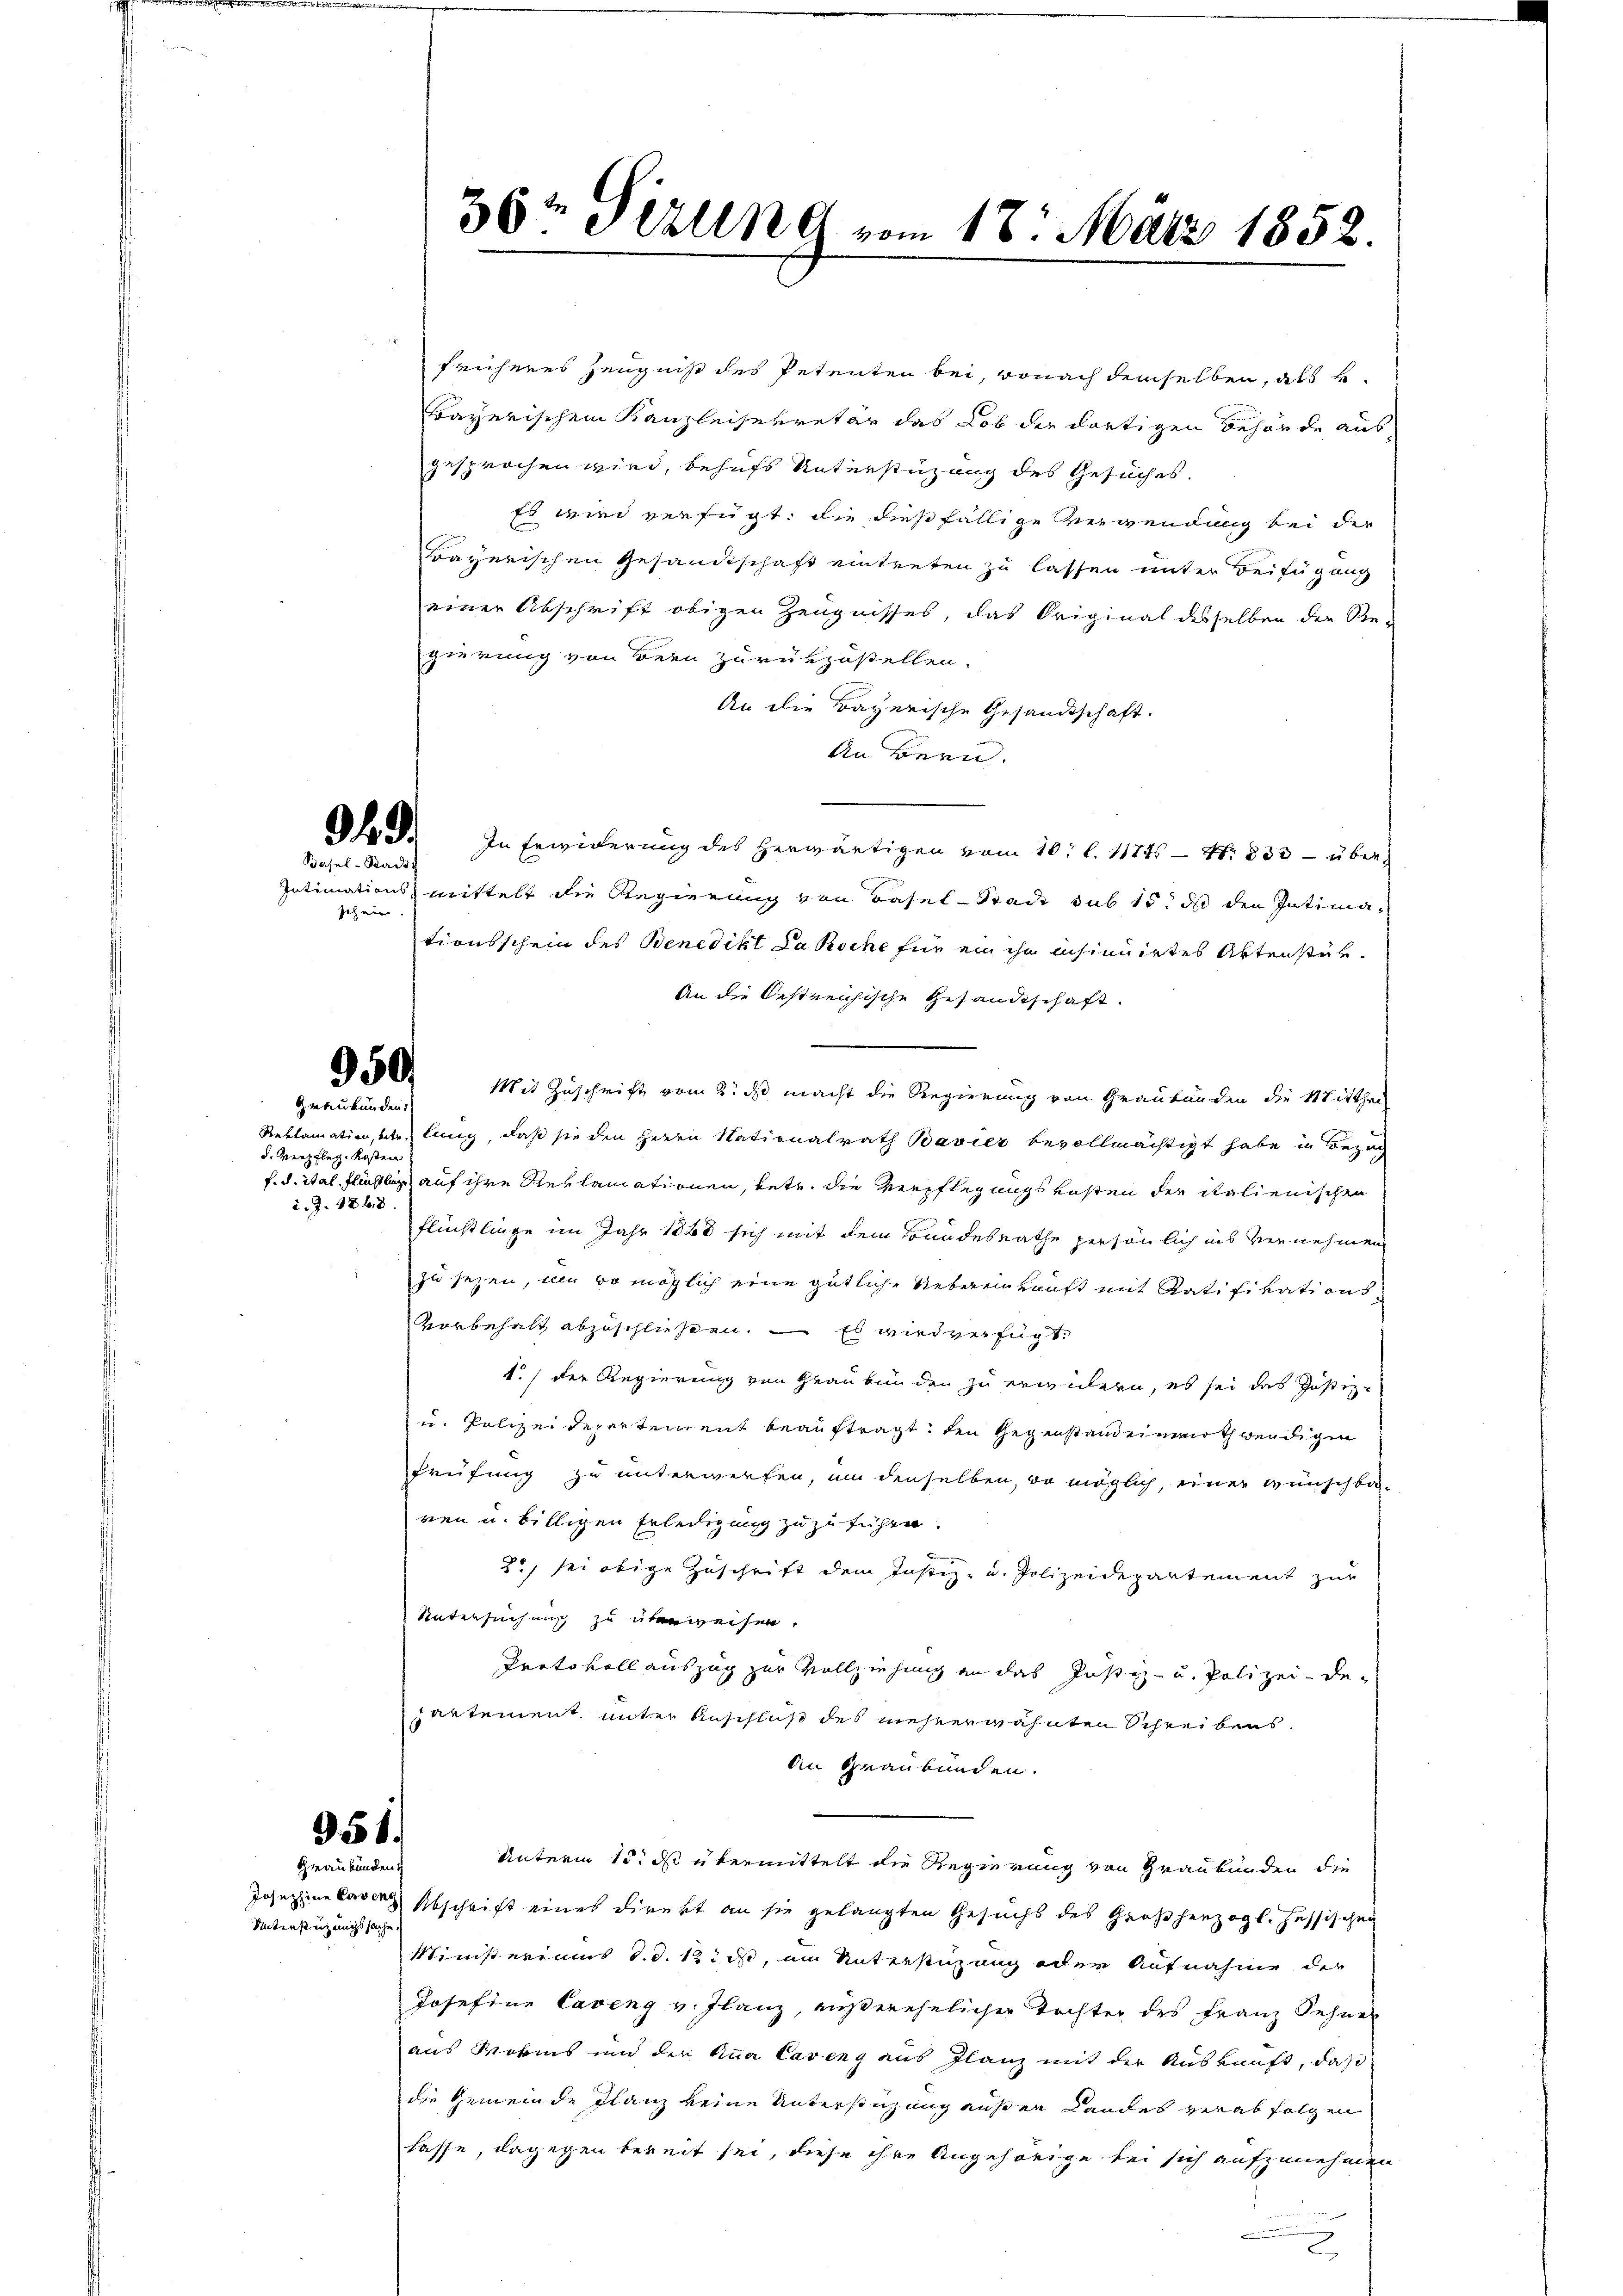
Basel-Stadt

sehener.

Graubünden

d. Verpfleg. Kosten
d. J. 1788.

951.
Graubünden

Unterstüzungssache.

36 Perung vom 18. März 1852.

früheres Zeugniß des Petenten bei, wonach demselben, als
bayerischen Kanzleisekretär das Lob der dortigen Behörde aus
gesprochen wird, behufs Unterstüzung des Gesuches.
Es wird verfügt, die dießfällige Verwendung bei die
Bayerischen Gesandtschaft eintreten zu lassen unter Beifügung
einer Abschrift obigen Zeugnisses, das Original desselben die Re-
gierung von Bern zurükzustellen.
An die Bayerische Gesandtschaft.
An Bern.
Oh F. In Erwiderung des herwärtigen vom 10. l. 11845 - Nr. 833 - über
Intimationsmittelt die Regierung von Basel-Stadt sub 15. ds den Intimationsschein des Benedikt Da koche für ein ihn insinuirtes Aktenstük¬
An die Oestreichische Gesandtschaft.
50. Mit Zuschricht vom 2. ds. macht die Regierung von Graubünden die Mitthei
Reklamation, betr. lang, daß sie den Herrn Nationalrath Bavier bevollmächtigt habe in Bezug
f. d. ital flüchtliches auf ihre Reklamationen, betr. die Verpflegungskosten der italienischen
Flüchtliege im Jahr 1880 sich mit dem Bundesrathe persönlich ins vernehmen
zu sezen, um so möglich eine gütliche Uebereinkauft mit Ratifikationsvorbehalt abzuschließen. — Es wird verfügt,
1./ der Regierung von Graubünden zu erwickern, es sei das Justiz-
u. Polizeidepartement beauftragt, den Gegenstand ein nothwendigen
Prüfung zu unterwerfen, um denselben, wo möglich, einer wünschba-
ren u. billigen Erledigung zuzuführen.
3., sei obige Zuschrift dem Justiz- u. Polizeidepartement zur
Untersuchung zu überweisen.
Protokoll auszug zur Vollziehung an das Justiz- u. Polizei- de-
partement unter Anschluß des mehrerwähnten Schreibens¬
An Graubünden.
Unterm 15. ds übermittelt die Regierung von Graubünden die
Josephine barer Abschrift eines Direkt an sie gelangten Gesuchs des Großherzogl. Hessischen
Ministeriums d. d. 12. ds, um Unterstüzung oder Aufnahme der
Josefine Caveng v. Ilanz, außerehelicher Tochter des Franz Sehner
aus Worms und der Ana Caveng aus Glanz mit der Auskunft, daß
die Gemeinde Flanz keine Unterstüzung außer Landes verabfolgen
lasse, dagegen bereit sei, diese ihre Angehörige bei sich aufzunehmen